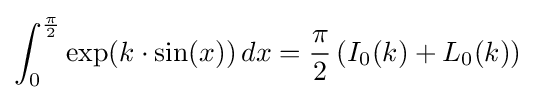
\int _{0}^{\frac {\pi }{2}}\exp(k\cdot \sin(x))\,dx={\frac {\pi }{2}}\left(I_{0}(k)+L_{0}(k)\right)